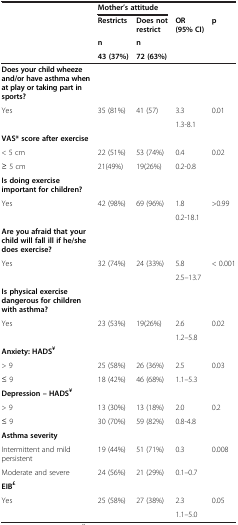
|  | <COLSPAN=2> Mother’s attitude | <COLSPAN=2>  |
 |  | Restricts | Does not restrict | OR (95% CI) | p |
 |  | n | n |  |  |
 |  | 43 (37%) | 72 (63%) |  |  |
 | --- | --- | --- | --- | --- |
 | Does your child wheeze and/or have asthma when at play or taking part in sports? |  |  |  |  |
 | Yes | 35 (81%) | 41 (57) | 3.3 | 0.01 |
 |  |  |  | 1.3-8.1 |  |
 | VAS* score after exercise |  |  |  |  |
 | < 5 cm | 22 (51%) | 53 (74%) | 0.4 | 0.02 |
 | ≥ 5 cm | 21(49%) | 19(26%) | 0.2-0.8 |  |
 | Is doing exercise important for children? |  |  |  |  |
 | Yes | 42 (98%) | 69 (96%) | 1.8 | >0.99 |
 |  |  |  | 0.2-18.1 |  |
 | Are you afraid that your child will fall ill if he/she does exercise? |  |  |  |  |
 | Yes | 32 (74%) | 24 (33%) | 5.8 | < 0.001 |
 |  |  |  | 2.5–13.7 |  |
 | Is physical exercise dangerous for children with asthma? |  |  |  |  |
 | Yes | 23 (53%) | 19(26%) | 2.6 | 0.02 |
 |  |  |  | 1.2–5.8 |  |
 | Anxiety: HADS¥ |  |  |  |  |
 | > 9 | 25 (58%) | 26 (36%) | 2.5 | 0.03 |
 | ≤ 9 | 18 (42%) | 46 (68%) | 1.1–5.3 |  |
 | Depression – HADS¥ |  |  |  |  |
 | > 9 | 13 (30%) | 13 (18%) | 2.0 | 0.2 |
 | ≤ 9 | 30 (70%) | 59 (82%) | 0.8-4.8 |  |
 | Asthma severity |  |  |  |  |
 | Intermittent and mild persistent | 19 (44%) | 51 (71%) | 0.3 | 0.008 |
 | Moderate and severe | 24 (56%) | 21 (29%) | 0.1–0.7 |  |
 | EIB£ |  |  |  |  |
 | Yes | 25 (58%) | 27 (38%) | 2.3 | 0.05 |
 |  |  |  | 1.1–5.0 |  |